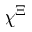
\chi ^ { \Xi }